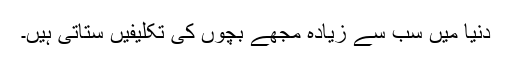
دنیا میں سب سے زیادہ مجھے بچوں کی تکلیفیں ستاتی ہیں۔